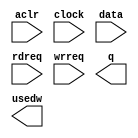
// This program was cloned from: https://github.com/FAST-Switch/fast
// License: Apache License 2.0

// megafunction wizard: %FIFO%VBB%
// GENERATION: STANDARD
// VERSION: WM1.0
// MODULE: scfifo 

// ============================================================
// Megafunction Name(s):
// 			scfifo
//
// Simulation Library Files(s):
// 			altera_mf
// ============================================================
// ************************************************************
// THIS IS A WIZARD-GENERATED FILE. DO NOT EDIT THIS FILE!
//
// 10.0 Build 218 06/27/2010 SJ Full Version
// ************************************************************

//Copyright (C) 1991-2010 Altera Corporation
//Your use of Altera Corporation's design tools, logic functions 
//and other software and tools, and its AMPP partner logic 
//functions, and any output files from any of the foregoing 
//(including device programming or simulation files), and any 
//associated documentation or information are expressly subject 
//to the terms and conditions of the Altera Program License 
//Subscription Agreement, Altera MegaCore Function License 
//Agreement, or other applicable license agreement, including, 
//without limitation, that your use is for the sole purpose of 
//programming logic devices manufactured by Altera and sold by 
//Altera or its authorized distributors.  Please refer to the 
//applicable agreement for further details.

module rule_32_30 (
	aclr,
	clock,
	data,
	rdreq,
	wrreq,
	q,
	usedw);

	input	  aclr;
	input	  clock;
	input	[29:0]  data;
	input	  rdreq;
	input	  wrreq;
	output	[29:0]  q;
	output	[4:0]  usedw;

endmodule

// ============================================================
// CNX file retrieval info
// ============================================================
// Retrieval info: PRIVATE: AlmostEmpty NUMERIC "0"
// Retrieval info: PRIVATE: AlmostEmptyThr NUMERIC "-1"
// Retrieval info: PRIVATE: AlmostFull NUMERIC "0"
// Retrieval info: PRIVATE: AlmostFullThr NUMERIC "-1"
// Retrieval info: PRIVATE: CLOCKS_ARE_SYNCHRONIZED NUMERIC "1"
// Retrieval info: PRIVATE: Clock NUMERIC "0"
// Retrieval info: PRIVATE: Depth NUMERIC "32"
// Retrieval info: PRIVATE: Empty NUMERIC "0"
// Retrieval info: PRIVATE: Full NUMERIC "0"
// Retrieval info: PRIVATE: INTENDED_DEVICE_FAMILY STRING "Arria II GX"
// Retrieval info: PRIVATE: LE_BasedFIFO NUMERIC "0"
// Retrieval info: PRIVATE: LegacyRREQ NUMERIC "0"
// Retrieval info: PRIVATE: MAX_DEPTH_BY_9 NUMERIC "0"
// Retrieval info: PRIVATE: OVERFLOW_CHECKING NUMERIC "0"
// Retrieval info: PRIVATE: Optimize NUMERIC "1"
// Retrieval info: PRIVATE: RAM_BLOCK_TYPE NUMERIC "0"
// Retrieval info: PRIVATE: SYNTH_WRAPPER_GEN_POSTFIX STRING "0"
// Retrieval info: PRIVATE: UNDERFLOW_CHECKING NUMERIC "0"
// Retrieval info: PRIVATE: UsedW NUMERIC "1"
// Retrieval info: PRIVATE: Width NUMERIC "30"
// Retrieval info: PRIVATE: dc_aclr NUMERIC "0"
// Retrieval info: PRIVATE: diff_widths NUMERIC "0"
// Retrieval info: PRIVATE: msb_usedw NUMERIC "0"
// Retrieval info: PRIVATE: output_width NUMERIC "30"
// Retrieval info: PRIVATE: rsEmpty NUMERIC "1"
// Retrieval info: PRIVATE: rsFull NUMERIC "0"
// Retrieval info: PRIVATE: rsUsedW NUMERIC "0"
// Retrieval info: PRIVATE: sc_aclr NUMERIC "1"
// Retrieval info: PRIVATE: sc_sclr NUMERIC "0"
// Retrieval info: PRIVATE: wsEmpty NUMERIC "0"
// Retrieval info: PRIVATE: wsFull NUMERIC "1"
// Retrieval info: PRIVATE: wsUsedW NUMERIC "0"
// Retrieval info: LIBRARY: altera_mf altera_mf.altera_mf_components.all
// Retrieval info: CONSTANT: ADD_RAM_OUTPUT_REGISTER STRING "ON"
// Retrieval info: CONSTANT: INTENDED_DEVICE_FAMILY STRING "Arria II GX"
// Retrieval info: CONSTANT: LPM_NUMWORDS NUMERIC "32"
// Retrieval info: CONSTANT: LPM_SHOWAHEAD STRING "ON"
// Retrieval info: CONSTANT: LPM_TYPE STRING "scfifo"
// Retrieval info: CONSTANT: LPM_WIDTH NUMERIC "30"
// Retrieval info: CONSTANT: LPM_WIDTHU NUMERIC "5"
// Retrieval info: CONSTANT: OVERFLOW_CHECKING STRING "ON"
// Retrieval info: CONSTANT: UNDERFLOW_CHECKING STRING "ON"
// Retrieval info: CONSTANT: USE_EAB STRING "ON"
// Retrieval info: USED_PORT: aclr 0 0 0 0 INPUT NODEFVAL "aclr"
// Retrieval info: USED_PORT: clock 0 0 0 0 INPUT NODEFVAL "clock"
// Retrieval info: USED_PORT: data 0 0 30 0 INPUT NODEFVAL "data[29..0]"
// Retrieval info: USED_PORT: q 0 0 30 0 OUTPUT NODEFVAL "q[29..0]"
// Retrieval info: USED_PORT: rdreq 0 0 0 0 INPUT NODEFVAL "rdreq"
// Retrieval info: USED_PORT: usedw 0 0 5 0 OUTPUT NODEFVAL "usedw[4..0]"
// Retrieval info: USED_PORT: wrreq 0 0 0 0 INPUT NODEFVAL "wrreq"
// Retrieval info: CONNECT: @aclr 0 0 0 0 aclr 0 0 0 0
// Retrieval info: CONNECT: @clock 0 0 0 0 clock 0 0 0 0
// Retrieval info: CONNECT: @data 0 0 30 0 data 0 0 30 0
// Retrieval info: CONNECT: @rdreq 0 0 0 0 rdreq 0 0 0 0
// Retrieval info: CONNECT: @wrreq 0 0 0 0 wrreq 0 0 0 0
// Retrieval info: CONNECT: q 0 0 30 0 @q 0 0 30 0
// Retrieval info: CONNECT: usedw 0 0 5 0 @usedw 0 0 5 0
// Retrieval info: GEN_FILE: TYPE_NORMAL rule_32_30.v TRUE
// Retrieval info: GEN_FILE: TYPE_NORMAL rule_32_30.inc FALSE
// Retrieval info: GEN_FILE: TYPE_NORMAL rule_32_30.cmp FALSE
// Retrieval info: GEN_FILE: TYPE_NORMAL rule_32_30.bsf FALSE
// Retrieval info: GEN_FILE: TYPE_NORMAL rule_32_30_inst.v FALSE
// Retrieval info: GEN_FILE: TYPE_NORMAL rule_32_30_bb.v TRUE
// Retrieval info: GEN_FILE: TYPE_NORMAL rule_32_30_waveforms.html TRUE
// Retrieval info: GEN_FILE: TYPE_NORMAL rule_32_30_wave*.jpg FALSE
// Retrieval info: LIB_FILE: altera_mf